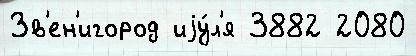
Зв'ен'игород иjу́л'я 3882 2080